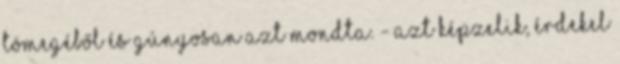
tömegéből és gúnyosan azt mondta. - Azt képzelik, érdekel